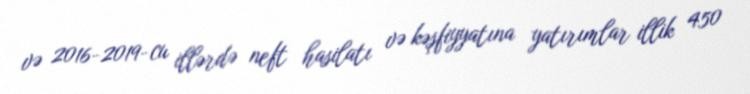
və 2016-2019-cu illərdə neft hasilatı və kəşfiyyatına yatırımlar illik 450